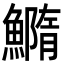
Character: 䲊